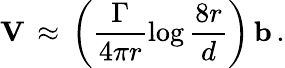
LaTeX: {\mathbf V}\, \approx\, \biggl(\frac{\Gamma}{4\pi r}\log\frac{8r}{d}\biggr)\, {\mathbf b}\, .